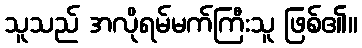
သူသည် အလိုရမ်မက်ကြီးသူ ဖြစ်၏။